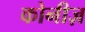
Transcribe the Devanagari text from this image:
कोनीज़